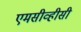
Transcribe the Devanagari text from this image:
एमसीव्हीसी